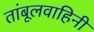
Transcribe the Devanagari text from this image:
तांबूलवाहिनी